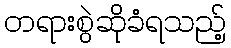
တရားစွဲဆိုခံရသည့်